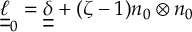
\boldsymbol { \underline { { \underline { { \ell } } } } } _ { 0 } = \boldsymbol { \underline { { \underline { { \delta } } } } } + ( \zeta - 1 ) \boldsymbol { n _ { 0 } } \otimes \boldsymbol { n _ { 0 } }